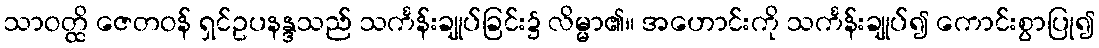
သာဝတ္ထိ ဇေတဝန် ရှင်ဥပနန္ဒသည် သင်္ကန်းချုပ်ခြင်း၌ လိမ္မာ၏။ အဟောင်းကို သင်္ကန်းချုပ်၍ ကောင်းစွာပြု၍